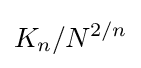
K_{n}/N^{2/n}